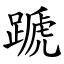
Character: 蹏